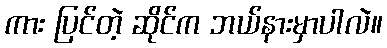
ကား ပြင်တဲ့ ဆိုင်က ဘယ်နားမှာပါလဲ။